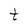
Character: t